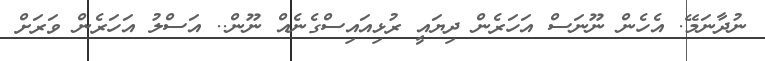
ނުދާނަމޭ. އެހެން ނޫނަސް އަހަރެން ދިޔައީ ރުޅިއައިސްގެނެއް ނޫން.. އަސްލު އަހަރެން ވަރަށް